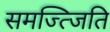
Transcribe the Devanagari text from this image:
समज्त्जिति